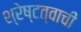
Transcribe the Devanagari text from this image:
श्रेष्टत्वाची